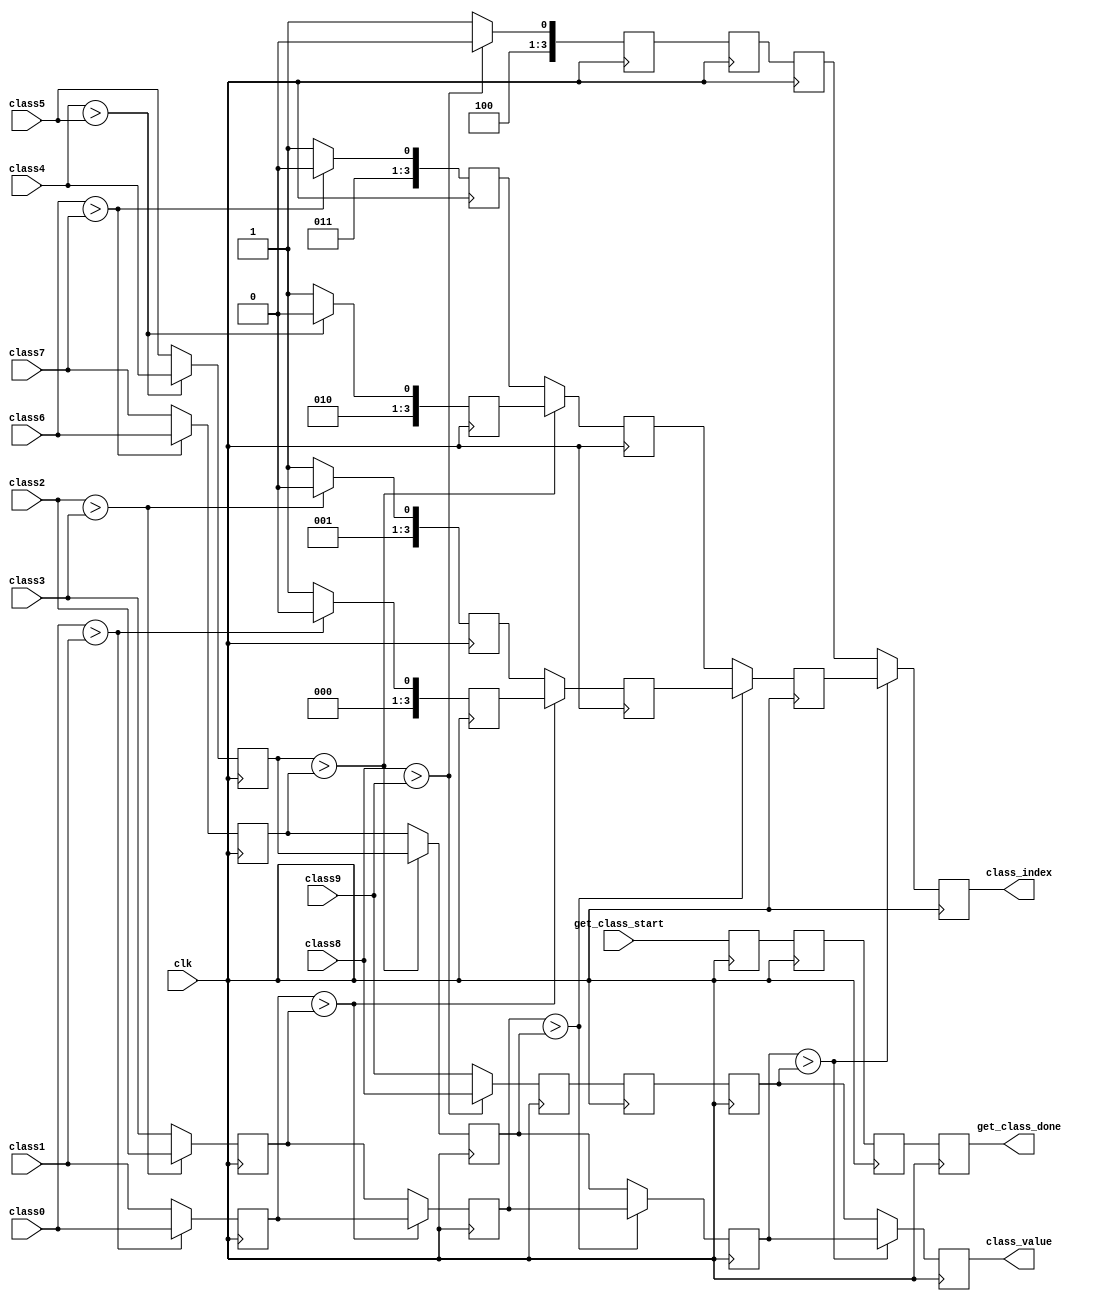
// This program was cloned from: https://github.com/yztong/LeNet_RTL
// License: MIT License

//==================================================================================================
//  Revision      : 
//  Company       : UESTC
//
//  Description   : Comparators Tree to Compare final layers' output.
//
//
//==================================================================================================
module get_class(/*autoport*/
//output
			get_class_done,
			class_value,
			class_index,
//input
			clk,
			class0,
			class1,
			class2,
			class3,
			class4,
			class5,
			class6,
			class7,
			class8,
			class9,
			get_class_start);

input clk;

input [15:0]  class0;
input [15:0]  class1;
input [15:0]  class2;
input [15:0]  class3;
input [15:0]  class4;
input [15:0]  class5;
input [15:0]  class6;
input [15:0]  class7;
input [15:0]  class8;
input [15:0]  class9;		

input get_class_start;
output get_class_done;
output [15:0] class_value;
output [3:0]  class_index;

//--------------------------------- 
//Stage 1: Compare
//---------------------------------
wire [15:0] value_0_1;
wire [15:0] value_2_3;
wire [15:0] value_4_5;
wire [15:0] value_6_7;
wire [15:0] value_8_9;

wire [3:0]index_0_1;
wire [3:0]index_2_3;
wire [3:0]index_4_5;
wire [3:0]index_6_7;
wire [3:0]index_8_9;

assign value_0_1 =  class0 > class1 ? class0 : class1;
assign value_2_3 =  class2 > class3 ? class2 : class3;
assign value_4_5 =  class4 > class5 ? class4 : class5;
assign value_6_7 =  class6 > class7 ? class6 : class7;
assign value_8_9 =  class8 > class9 ? class8 : class9;

assign index_0_1 = class0 > class1 ? 4'b0:4'b1;
assign index_2_3 = class2 > class3 ? 4'd2:4'd3;
assign index_4_5 = class4 > class5 ? 4'd4:4'd5;
assign index_6_7 = class6 > class7 ? 4'd6:4'd7;
assign index_8_9 = class8 > class9 ? 4'd8:4'd9;

reg [15:0] value_0_1_r;
reg [15:0] value_2_3_r;
reg [15:0] value_4_5_r;
reg [15:0] value_6_7_r;
reg [15:0] value_8_9_r;

reg [3:0]index_0_1_r;
reg [3:0]index_2_3_r;
reg [3:0]index_4_5_r;
reg [3:0]index_6_7_r;
reg [3:0]index_8_9_r;
always@(posedge clk)begin
	value_0_1_r <= value_0_1;
	value_2_3_r <= value_2_3;
	value_4_5_r <= value_4_5;
	value_6_7_r <= value_6_7;
	value_8_9_r <= value_8_9;

	index_0_1_r <= index_0_1;
	index_2_3_r <= index_2_3;
	index_4_5_r <= index_4_5;
	index_6_7_r <= index_6_7;
	index_8_9_r <= index_8_9;
end

//--------------------------------- 
//Stage 2: Compare
//---------------------------------
wire [15:0]value_s2_0,value_s2_1,value_s2_2;
wire [3:0] index_s2_0,index_s2_1,index_s2_2;

assign value_s2_0 = value_0_1_r > value_2_3_r? value_0_1_r:value_2_3_r;
assign value_s2_1 = value_4_5_r > value_6_7_r? value_4_5_r:value_6_7_r;
assign value_s2_2 = value_8_9_r;

assign index_s2_0 = value_0_1_r > value_2_3_r? index_0_1_r:index_2_3_r;
assign index_s2_1 = value_4_5_r > value_6_7_r? index_4_5_r:index_6_7_r;
assign index_s2_2 = index_8_9_r;

reg [15:0]value_s2_0_r,value_s2_1_r,value_s2_2_r;
reg [3:0] index_s2_0_r,index_s2_1_r,index_s2_2_r;

always@(posedge clk)begin
	value_s2_0_r <= value_s2_0;
	value_s2_1_r <= value_s2_1;
	value_s2_2_r <= value_s2_2;

	index_s2_0_r <= index_s2_0;
	index_s2_1_r <= index_s2_1;
	index_s2_2_r <= index_s2_2;
end

//--------------------------------- 
//Stage 3: Compare
//---------------------------------
wire [15:0] value_s3_0,value_s3_1;
wire [3:0] index_s3_0,index_s3_1;

assign value_s3_0 = value_s2_0_r > value_s2_1_r? value_s2_0_r:value_s2_1_r;
assign value_s3_1 = value_s2_2_r;

assign index_s3_0 = value_s2_0_r > value_s2_1_r? index_s2_0_r:index_s2_1_r;
assign index_s3_1 = index_s2_2_r;

reg [15:0] value_s3_0_r,value_s3_1_r;
reg [3:0]  index_s3_0_r,index_s3_1_r;

always@(posedge clk)begin
	value_s3_0_r <= value_s3_0;
	value_s3_1_r <= value_s3_1;
	index_s3_0_r <= index_s3_0;
	index_s3_1_r <= index_s3_1;
end

//--------------------------------- 
//Stage 4: Compare
//---------------------------------
wire [15:0] value_s4_0;
wire [3:0] index_s4_0;

assign value_s4_0 = value_s3_0_r > value_s3_1_r? value_s3_0_r:value_s3_1_r;
assign index_s4_0 = value_s3_0_r > value_s3_1_r? index_s3_0_r:index_s3_1_r;


reg [15:0] value_s4_0_r;
reg [3:0]  index_s4_0_r;

always@(posedge clk)begin
	value_s4_0_r <= value_s4_0;
	index_s4_0_r <= index_s4_0;
end

//---------------------------------
//Register Done Signal
//---------------------------------
reg done_r1,done_r2,done_r3,done_r4;
always@(posedge clk)begin
	done_r1 <= get_class_start;
	done_r2 <= done_r1;
	done_r3 <= done_r2;
	done_r4 <= done_r3;

end
//output to external
assign class_value = value_s4_0_r;
assign class_index = index_s4_0_r;
assign get_class_done = done_r4;

endmodule